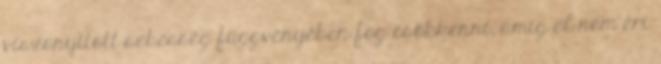
viszonyított sebesség függvényében fog csökkenni, amíg el nem éri